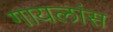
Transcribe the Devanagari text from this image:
गायलांस